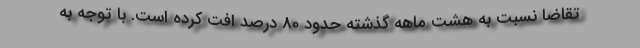
تقاضا نسبت به هشت ماهه گذشته حدود 80 درصد افت کرده است. با توجه به